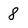
Character: 8